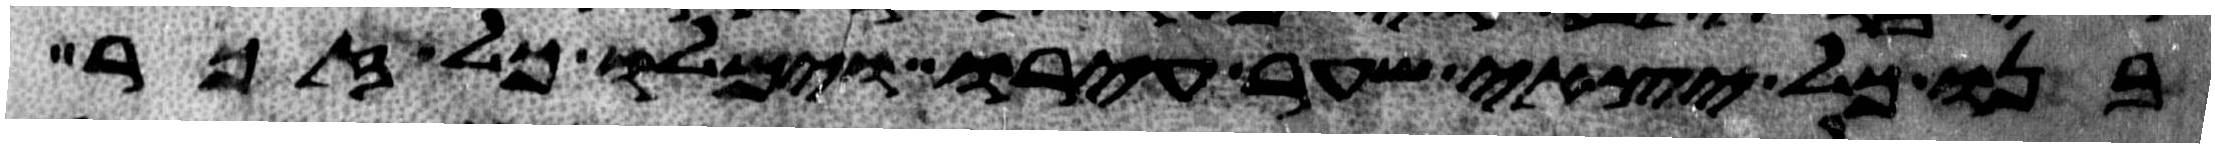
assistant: בנו כל יצאי שער עירו וימלו כל זכר